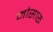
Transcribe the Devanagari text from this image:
मोसारू